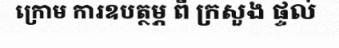
ក្រោម ការឧបត្ថម្ភ ពី ក្រសួង ផ្ទល់